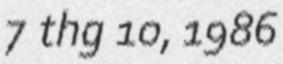
7 thg 10, 1986